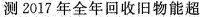
测2017年全年回收旧物能超